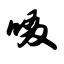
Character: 啜